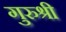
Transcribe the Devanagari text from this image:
गुरुश्री